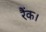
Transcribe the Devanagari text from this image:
रैंक।